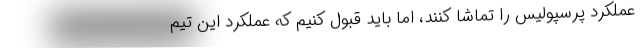
عملکرد پرسپولیس را تماشا کنند، اما باید قبول کنیم که عملکرد این تیم